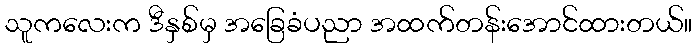
သူကလေးက ဒီနှစ်မှ အခြေခံပညာ အထက်တန်းအောင်ထားတယ်။